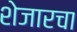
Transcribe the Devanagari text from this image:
शेजारचा